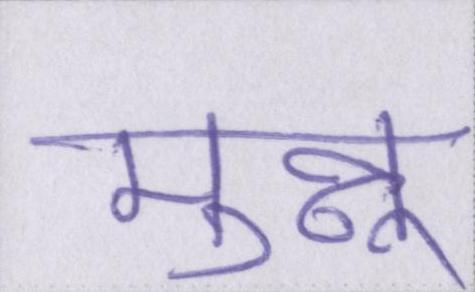
मुन्नू